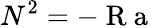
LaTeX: N^{2}=-\mathrm{~R~a~}